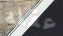
عقله